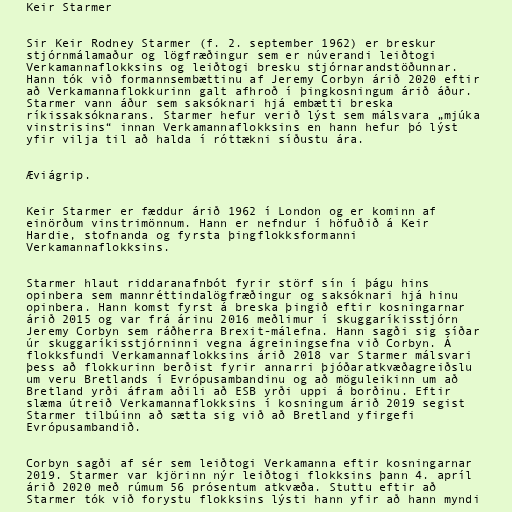
Keir Starmer

Sir Keir Rodney Starmer (f. 2. september 1962) er breskur
stjórnmálamaður og lögfræðingur sem er núverandi leiðtogi
Verkamannaflokksins og leiðtogi bresku stjórnarandstöðunnar.
Hann tók við formannsembættinu af Jeremy Corbyn árið 2020 eftir
að Verkamannaflokkurinn galt afhroð í þingkosningum árið áður.
Starmer vann áður sem saksóknari hjá embætti breska
ríkissaksóknarans. Starmer hefur verið lýst sem málsvara „mjúka
vinstrisins“ innan Verkamannaflokksins en hann hefur þó lýst
yfir vilja til að halda í róttækni síðustu ára.

Æviágrip.

Keir Starmer er fæddur árið 1962 í London og er kominn af
einörðum vinstrimönnum. Hann er nefndur í höfuðið á Keir
Hardie, stofnanda og fyrsta þingflokksformanni
Verkamannaflokksins.

Starmer hlaut riddaranafnbót fyrir störf sín í þágu hins
opinbera sem mannréttindalögfræðingur og saksóknari hjá hinu
opinbera. Hann komst fyrst á breska þingið eftir kosningarnar
árið 2015 og var frá árinu 2016 meðlimur í skuggaríkisstjórn
Jeremy Corbyn sem ráðherra Brexit-málefna. Hann sagði sig síðar
úr skuggaríkisstjórninni vegna ágreiningsefna við Corbyn. Á
flokksfundi Verkamannaflokksins árið 2018 var Starmer málsvari
þess að flokkurinn berðist fyrir annarri þjóðaratkvæðagreiðslu
um veru Bretlands í Evrópusambandinu og að möguleikinn um að
Bretland yrði áfram aðili að ESB yrði uppi á borðinu. Eftir
slæma útreið Verkamannaflokksins í kosningum árið 2019 segist
Starmer tilbúinn að sætta sig við að Bretland yfirgefi
Evrópusambandið.

Corbyn sagði af sér sem leiðtogi Verkamanna eftir kosningarnar
2019. Starmer var kjörinn nýr leiðtogi flokksins þann 4. apríl
árið 2020 með rúmum 56 prósentum atkvæða. Stuttu eftir að
Starmer tók við forystu flokksins lýsti hann yfir að hann myndi